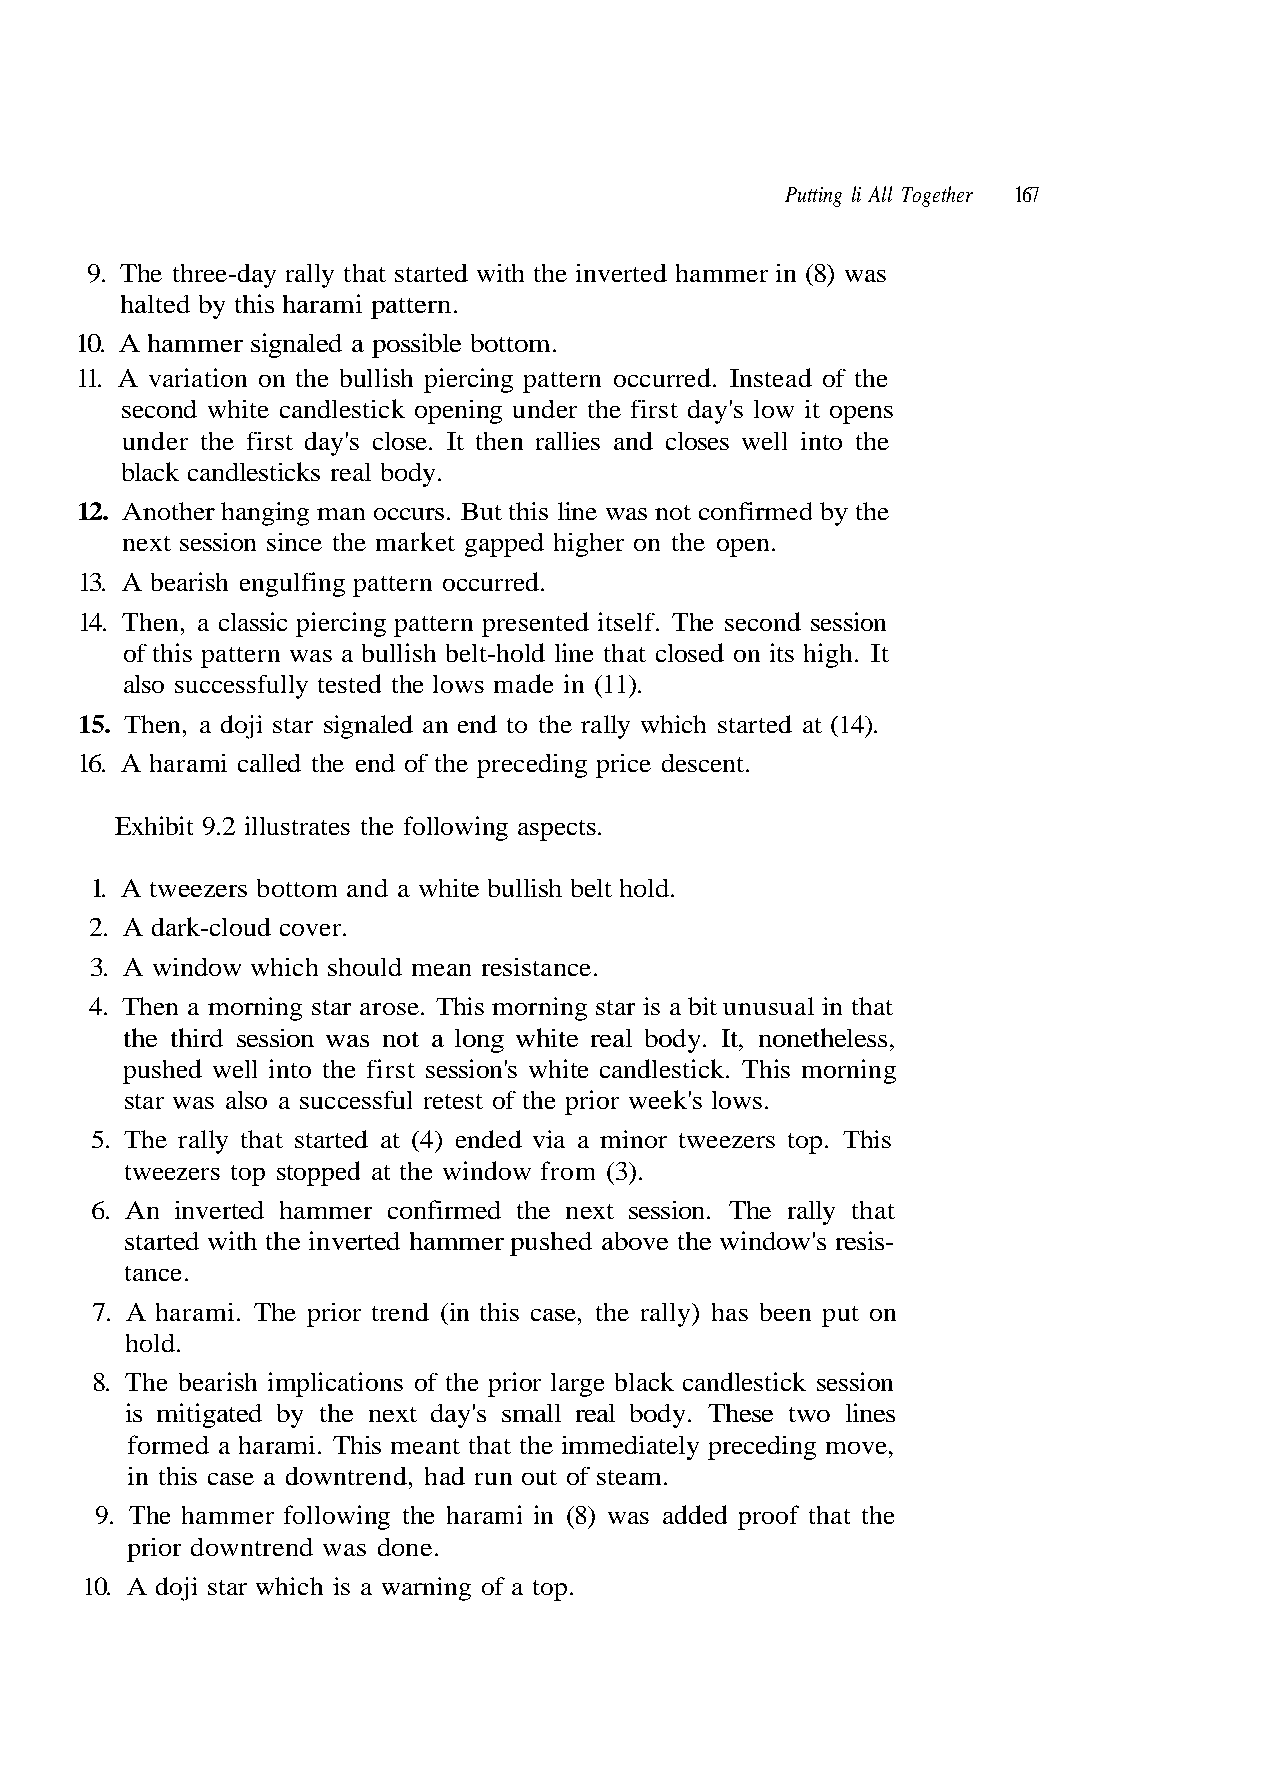
Putting li All Together 167
 halted by this harami pattern.
 10. A hammer signaled a possible bottom.
 11. A variation on the bullish piercing pattern occurred. Instead of the
 second white candlestick opening under the first day's low it opens
 under the first day's close. It then rallies and closes well into the
 12. Another hanging man occurs. But this line was not confirmed by the
 also successfully tested the lows made in (11).
 15. Then, a doji star signaled an end to the rally which started at (14).
 16. A harami called the end of the preceding price descent.
 1. A tweezers bottom and a white bullish belt hold.
 2. A dark-cloud cover.
 the third session was not a long white real body. It, nonetheless,
 pushed well into the first session's white candlestick. This morning
 star was also a successful retest of the prior week's lows.
 6. An inverted hammer confirmed the next session. The rally that
 started with the inverted hammer pushed above the window's resis-
 tance.
 7. A harami. The prior trend (in this case, the rally) has been put on
 hold.
 8. The bearish implications of the prior large black candlestick session
 is mitigated by the next day's small real body. These two lines
 in this case a downtrend, had run out of steam.
 t
 .
 a
 s
 h
 gh. It
 ect
 al in t
 move,
 i
 p
 u
 9. The three-day rally that started with the inverted hammer in (8) was
 black candlesticks real body.
 next session since the market gapped higher on the open.
 13. A bearish engulfing pattern occurred.
 14. Then, a classic piercing pattern presented itself. The second session
 of this pattern was a bullish belt-hold line that closed on its h
 Exhibit 9.2 illustrates the following as
 3. A window which should mean resistance.
 4. Then a morning star arose. This morning star is a bit unus
 5. The rally that started at (4) ended via a minor tweezers top. This
 tweezers top stopped at the window from (3).
 formed a harami. This meant that the immediately preceding
 9. The hammer following the harami in (8) was added proof that the
 prior downtrend was done.
 10. A doji star which is a warning of a top.